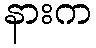
နားက